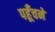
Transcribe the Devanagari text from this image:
पहूँचने